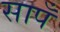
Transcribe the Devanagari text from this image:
सापँ